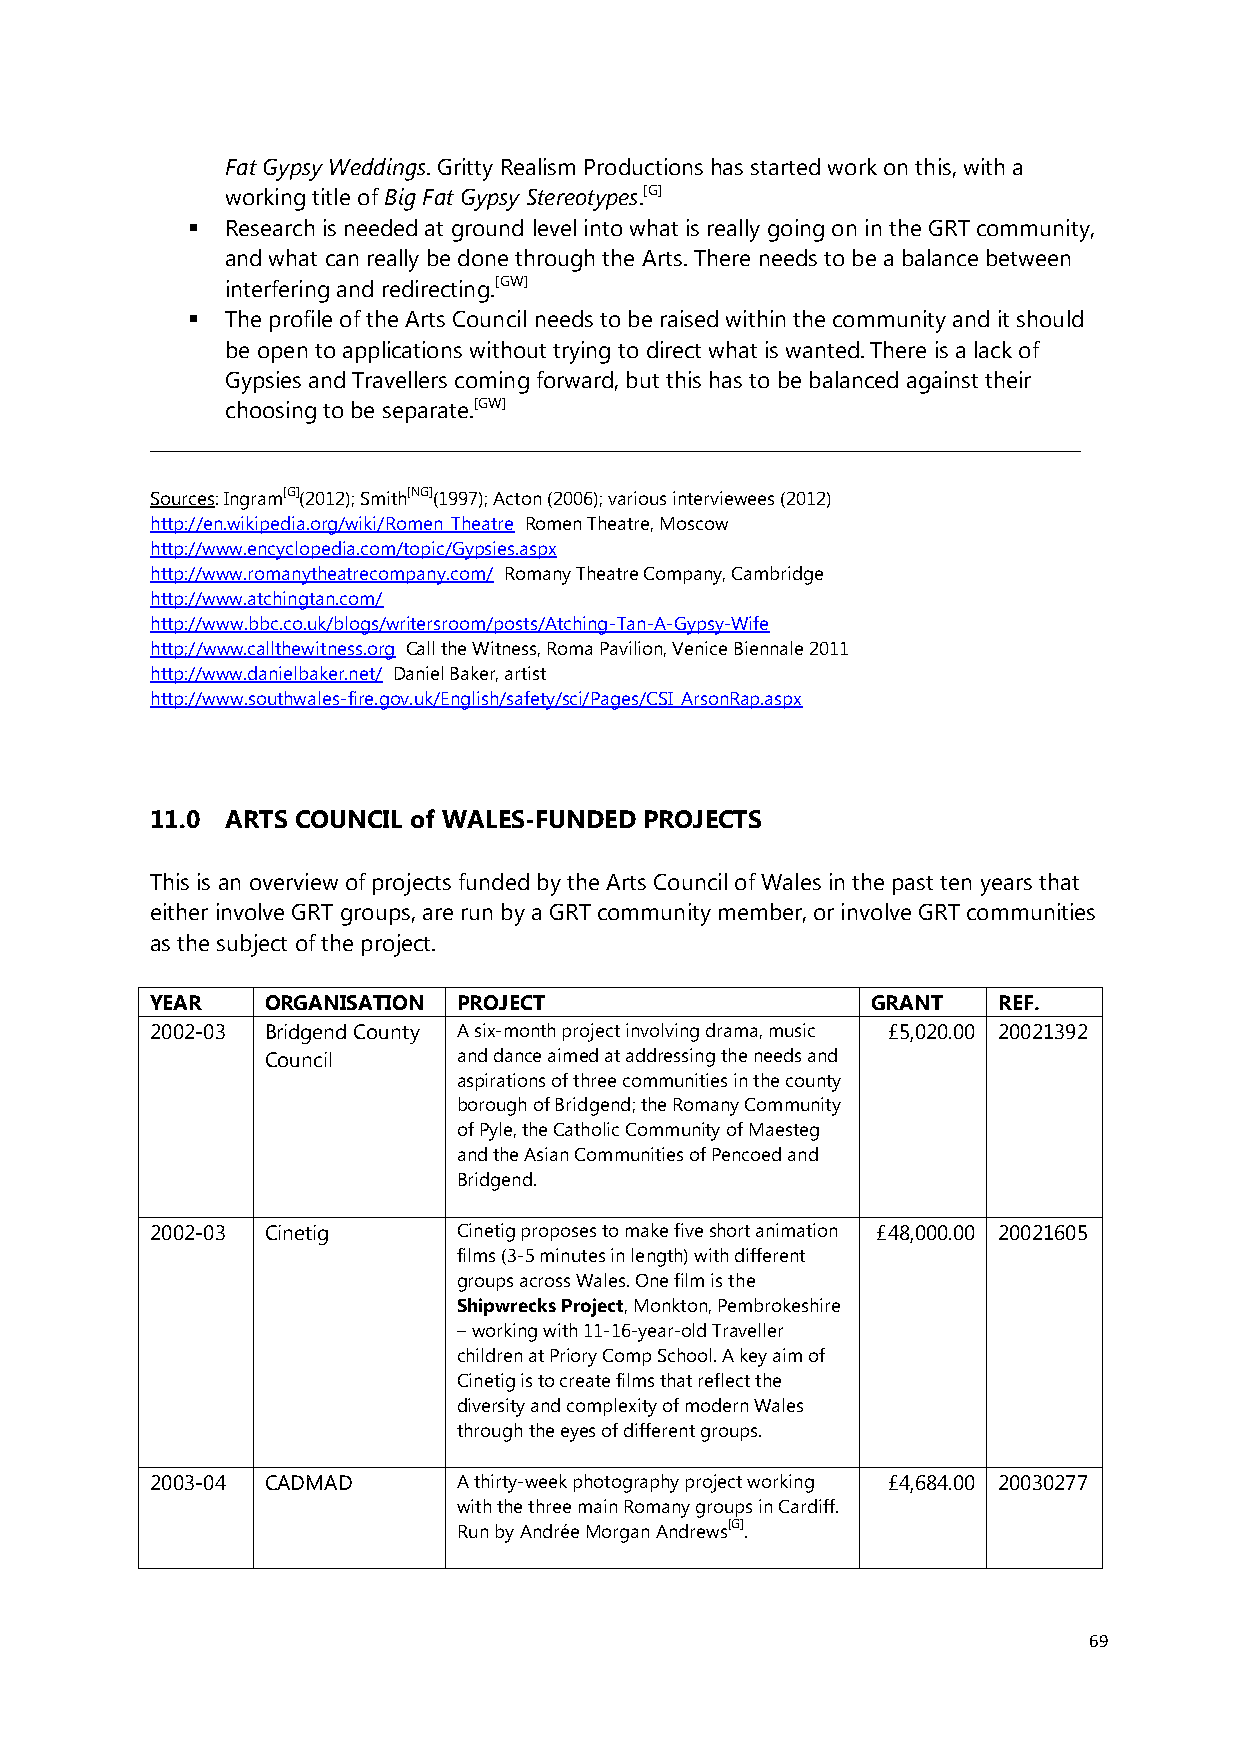
Fat Gypsy Weddings. Gritty Realism Productions has started work on this, with a
 working title of Big Fat Gypsy Stereotypes.[G]
   Research is needed at ground level into what is really going on in the GRT community,
 and what can really be done through the Arts. There needs to be a balance between
 interfering and redirecting.[GW]
   The profile of the Arts Council needs to be raised within the community and it should
 be open to applications without trying to direct what is wanted. There is a lack of
 Gypsies and Travellers coming forward, but this has to be balanced against their
 choosing to be separate.[GW]
 __________________________________________________________________________________________________
 Sources: Ingram[G](2012); Smith[NG](1997); Acton (2006); various interviewees (2012)
 http://en.wikipedia.org/wiki/Romen_Theatre Romen Theatre, Moscow
 http://www.encyclopedia.com/topic/Gypsies.aspx
 http://www.romanytheatrecompany.com/ Romany Theatre Company, Cambridge
 http://www.atchingtan.com/
 http://www.bbc.co.uk/blogs/writersroom/posts/Atching-Tan-A-Gypsy-Wife
 http;//www.callthewitness.org Call the Witness, Roma Pavilion, Venice Biennale 2011
 http://www.danielbaker.net/ Daniel Baker, artist
 http://www.southwales-fire.gov.uk/English/safety/sci/Pages/CSI_ArsonRap.aspx
 11.0 ARTS COUNCIL of WALES-FUNDED PROJECTS
 This is an overview of projects funded by the Arts Council of Wales in the past ten years that
 either involve GRT groups, are run by a GRT community member, or involve GRT communities
 as the subject of the project.
 YEAR    ORGANISATION PROJECT                    GRANT   REF.
 2002-03 Bridgend County A six-month project involving drama, music £5,020.00 20021392
 Council     and dance aimed at addressing the needs and
 aspirations of three communities in the county
 borough of Bridgend; the Romany Community
 of Pyle, the Catholic Community of Maesteg
 and the Asian Communities of Pencoed and
 Bridgend.
 2002-03 Cinetig     Cinetig proposes to make five short animation £48,000.00 20021605
 films (3-5 minutes in length) with different
 groups across Wales. One film is the
 Shipwrecks Project, Monkton, Pembrokeshire
 – working with 11-16-year-old Traveller
 children at Priory Comp School. A key aim of
 Cinetig is to create films that reflect the
 diversity and complexity of modern Wales
 through the eyes of different groups.
 2003-04 CADMAD      A thirty-week photography project working £4,684.00 20030277
 with the three main Romany groups in Cardiff.
 Run by Andrée Morgan Andrews[G].
 69